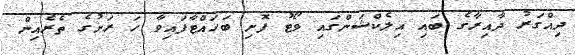
ދިއްގަރު ދާއިރާގެ ބައި އިލެކްޝަންގައި ވޯޓު ފޮށި ބަހައްޓާފައިވާ ހަ ރަށުގެ ތެރެއިން